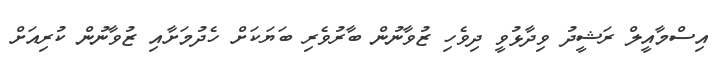
އިސްމާއީލް ރަޝީދު ވިދާޅުވީ ދިވެހި ޒުވާނުން ބާރުވެރި ބަޔަކަށް ހެދުމަށާއި ޒުވާނުން ކުރިއަށް